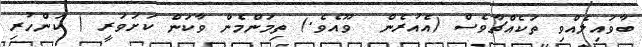
ބާވައިލެއްވި ތަކެއްޗާވެސް (އެއުރެން  ވޫއެވެ.) ތިމަންމެން ވާކަން ކަށަވަރީ ( ކަންހުރި